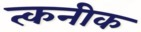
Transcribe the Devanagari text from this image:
त्कनीक